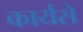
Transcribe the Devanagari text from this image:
कार्यसे